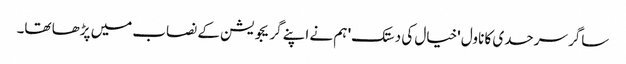
ساگر سرحدی کا ناول 'خیال کی دستک' ہم نے اپنے گریجویشن کے نصاب میں پڑھا تھا۔